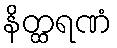
နိတ္ထရဏံ